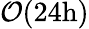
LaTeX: \mathcal{O}(24\mathrm{h})